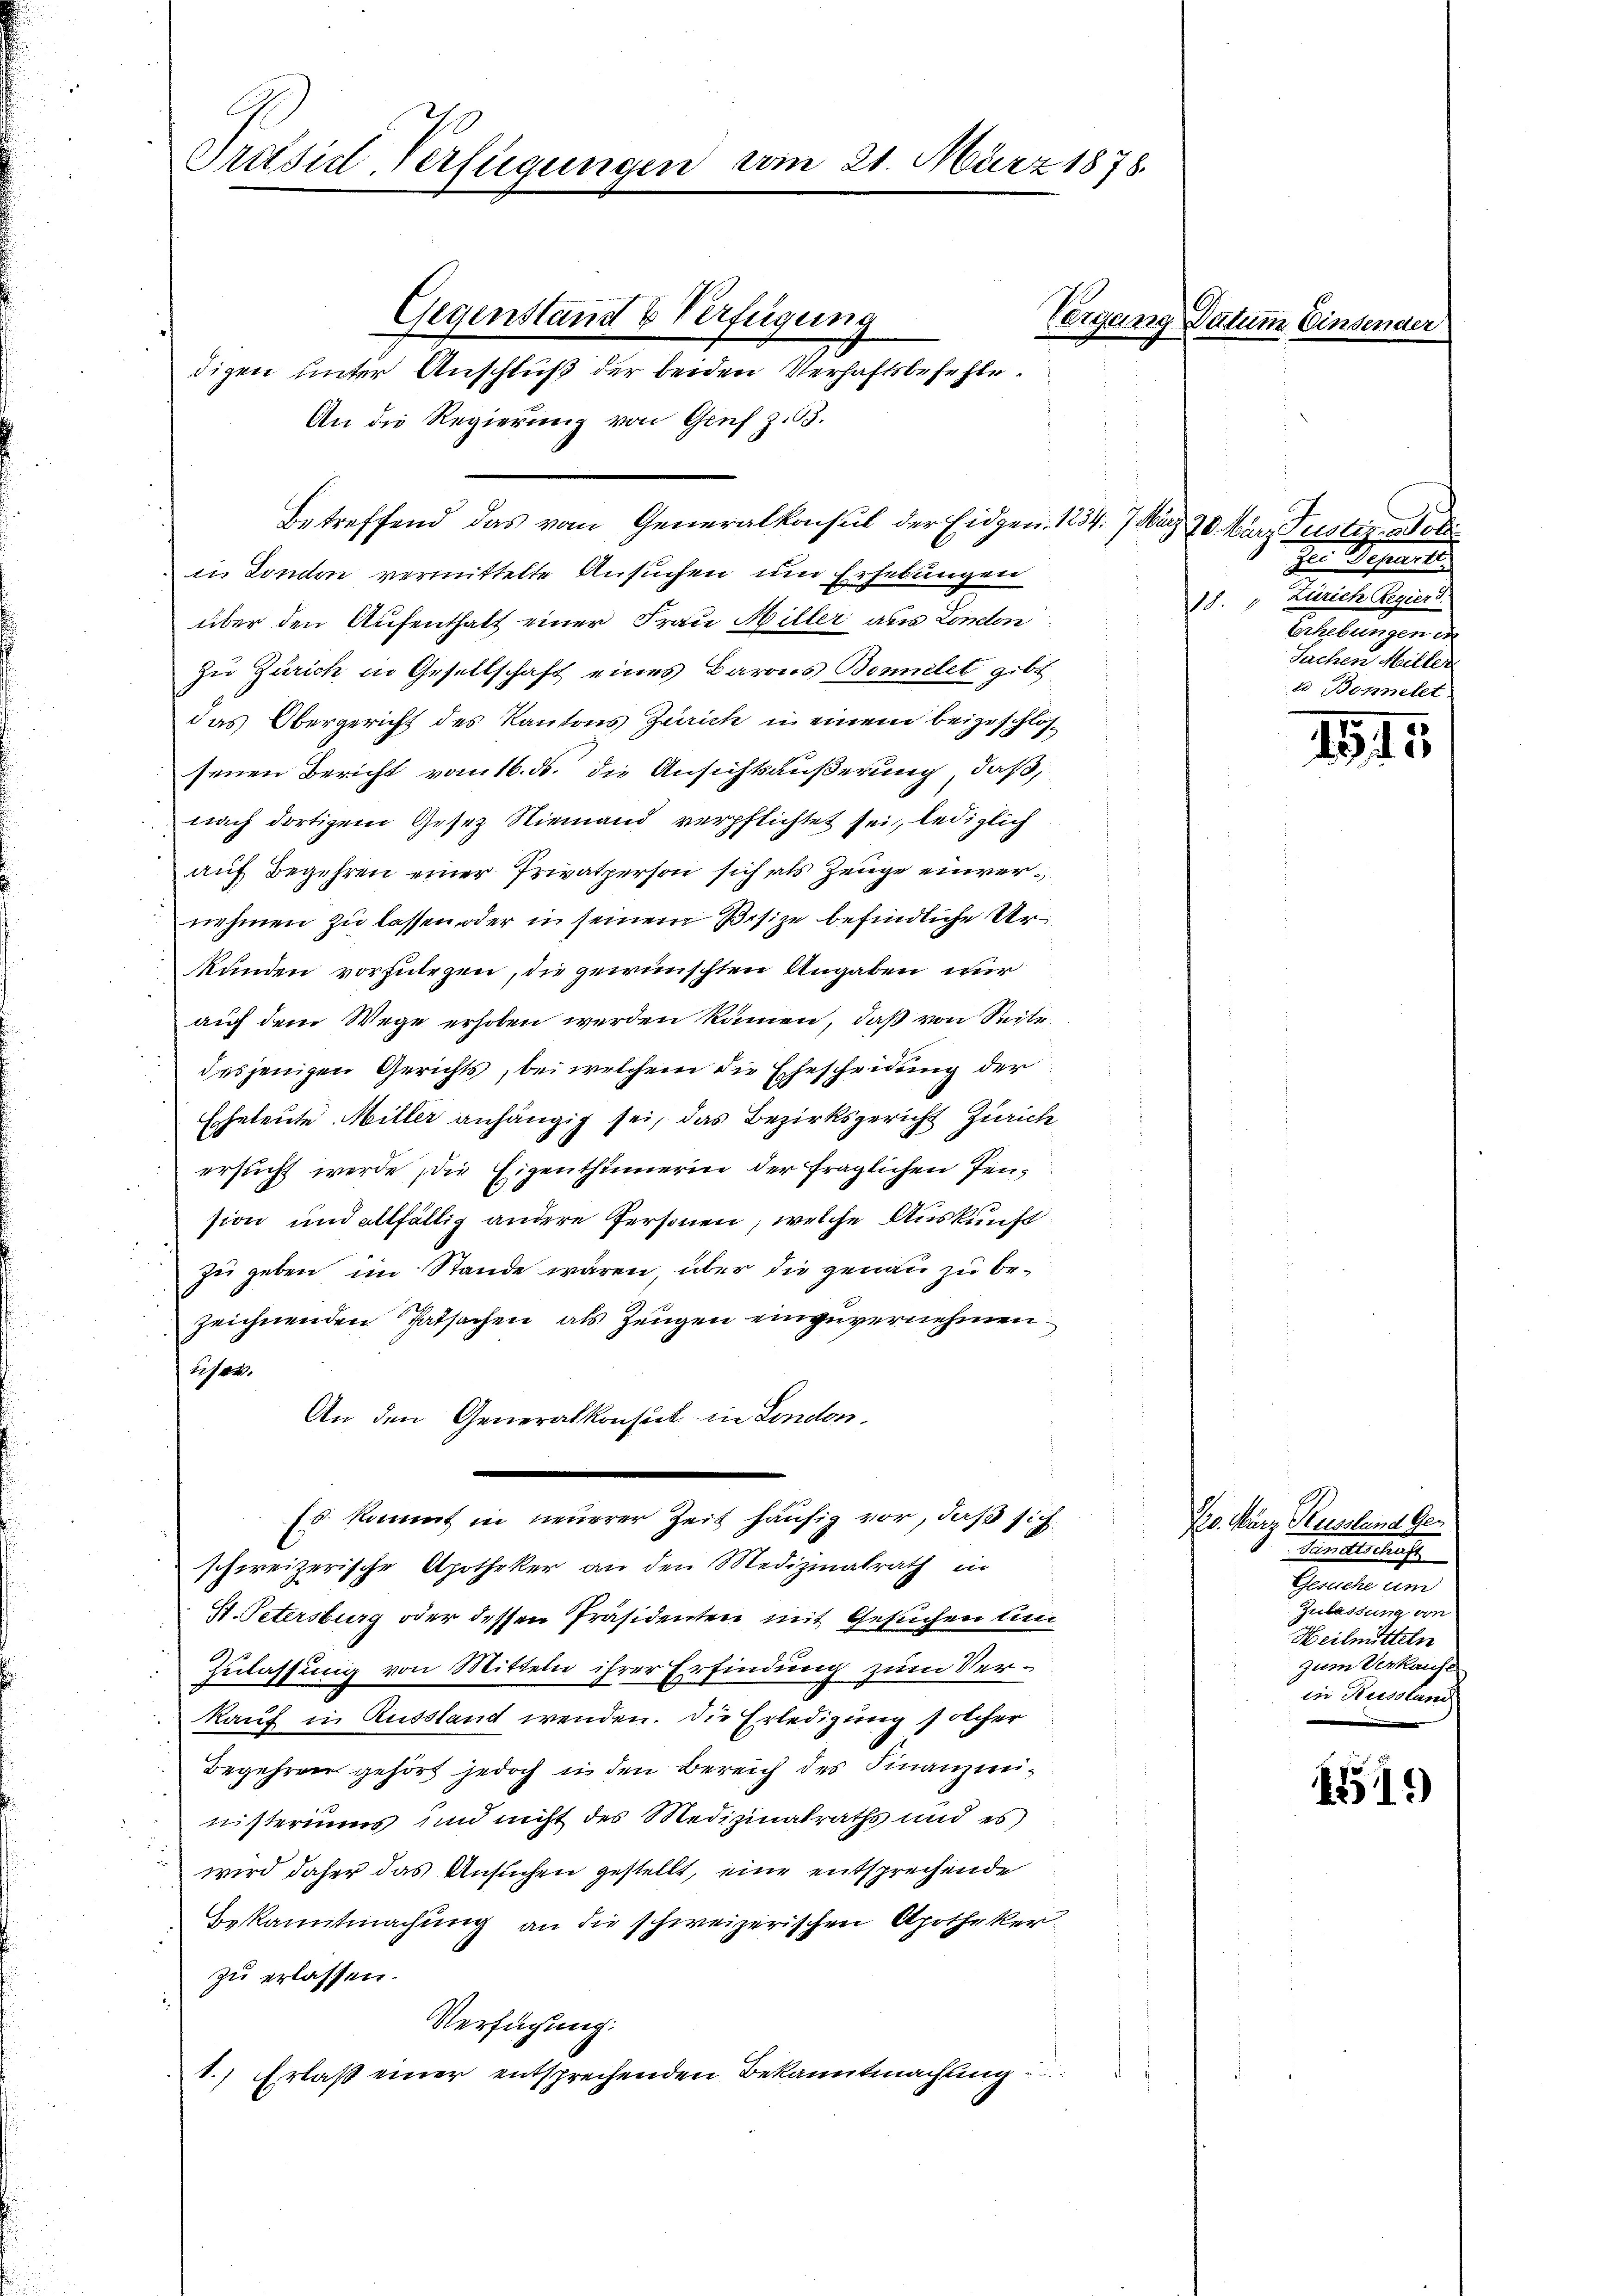
Präsid Verfügungen

ein

Gegenstand & Verfügung
digen unter Anschluß der beiden Verhaftsbefehle.
An die Regierung von Genf z. 63.
Betreffend das vom Generalkonsul der Eidgen. 1234. 7. März 70. März Justiz, wobe
in London vermittelte Ansuchen um Erhebungen
über den Aufenthalt einer Frau Miller aus London
zu Zürich in Gesellschaft eines Barons Bonnelet gibt,
das Obergericht des Kantons Zürich in einem beizuschlossenen Bericht vom 16. ds. die Ansichtsäußerung, daß,
nach dortigem Gesez Niemand verpflichtet sei, lediglich
auf Begehren einer Privatperson sich als Zeuge einvernehmen zu lassen oder in seinem Besize befindliche Urkunden vorzulegen, die gewünschten Angaben nur
auf dem Wege erhoben werden kämen, daß von Seite
desjenigen Gerichts, bei welchem die Ehescheidung der
Eheleute Miller anhängig sei, das Bezirksgericht Zürich
ersucht werde die Eigenthümerin der fraglichen Jension und allfällig andere Personen, welche Auskunft
zu geben im Stande wären, über die genau zu bezeichnenden Tatsachen, als Zeugen einzuvernehmen
user.
An den Generalkonsul in London,
Es kommt in neuerer Zeit häufig vor, daß sich
schweizerische Apotheker an den Medizinalrath in
St. Petersburg oder dessen Präsidenten mit Gesuchen un
Zulassung von Mitteln ihrer Erfindung zum Verkauf in Russland wenden. Die Erledigung solcher
Begehren gehört jedoch in den Bereich des Finanzmei¬
u
nisteriums und nicht des Medizinalraths und es
wird daher das Ansuchen gestellt, eine entsprechende
Bekanntmachung an die schweizerischen Apotheker
zu erlassen.
Verfügung:
1.) Erlaß einer entsprechenden Bekanntmachung

21. März 1878.

Vergang Datum Einser

Der Beseit
18., Zürich Regierd
e
Sachen Mitter
e Bonnelet

181.

120. März Russland Ge¬
Komischehe
Gesuche um
Zulassung von
Heilmitteln
zum Verkaufe
in Russland

1319)